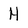
Character: H